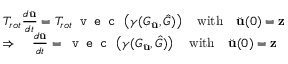
\begin{array} { r l } & { T _ { r o t } \frac { d \Breve { \mathbf { u } } } { d t } = T _ { r o t } \texttt { v e c } \left( \gamma ( G _ { \Breve { \mathbf { u } } } , \hat { G } ) \right) \quad \mathrm { w i t h } \quad \Breve { \mathbf { u } } ( 0 ) = \mathbf { z } } \\ & { \Rightarrow \quad \frac { d \Breve { \mathbf { u } } } { d t } = \texttt { v e c } \left( \gamma ( G _ { \Breve { \mathbf { u } } } , \hat { G } ) \right) \quad \mathrm { w i t h } \quad \Breve { \mathbf { u } } ( 0 ) = \mathbf { z } } \end{array}